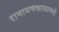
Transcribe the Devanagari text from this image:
रामायणकाळामधे